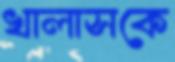
খালাসকে